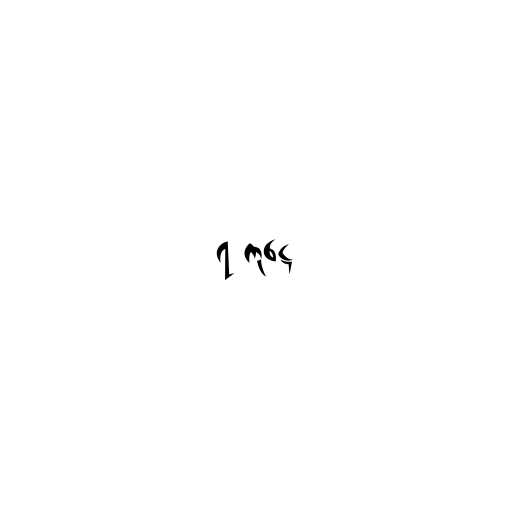
၇ ကုဋေ